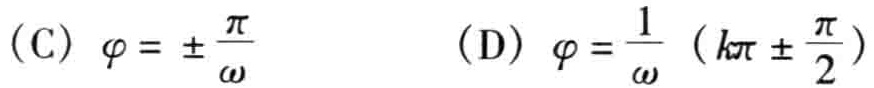
（C）\(\varphi = \pm\frac{\pi}{\omega}\) （D）\(\varphi = \frac{1}{\omega}(k\pi \pm \frac{\pi}{2})\)